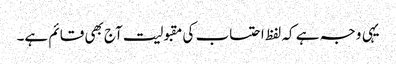
یہی وجہ ہے کہ لفظ احتساب کی مقبولیت آج بھی قائم ہے۔